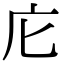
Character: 庀